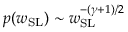
p ( w _ { \mathrm { S L } } ) \sim w _ { \mathrm { S L } } ^ { - ( \gamma + 1 ) / 2 }